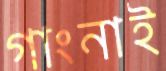
গাংনাই